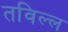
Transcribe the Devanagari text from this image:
तविल्ल